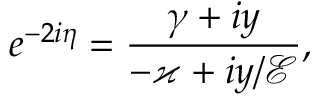
e ^ { - 2 i \eta } = \frac { \gamma + i y } { - \varkappa + i y / \mathcal { E } } ,